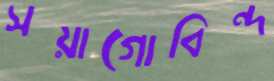
সয়াগোবিন্দ